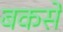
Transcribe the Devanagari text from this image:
बकसे